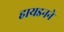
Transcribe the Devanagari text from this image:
हायडनने